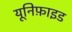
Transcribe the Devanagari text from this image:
यूनिफ़ाइड